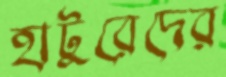
হাটুরেদের